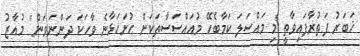
ޚަބަރު ފަތުރާފައިވާތީ މި މައްސަލަ ކަމާބެހޭ މުއައްސަސާތަކަށް ހުށަހަޅާނެ ވާހަކަ ދަންނަވަން" މުއާޒު